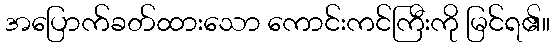
အပြောက်ခတ်ထားသော ကောင်းကင်ကြီးကို မြင်ရ၏။